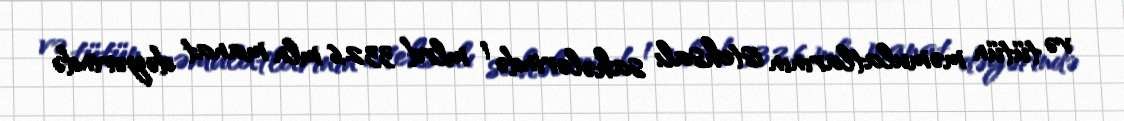
və tütün məmulatlarının istehsalı sahələrində 1 mlrd 332,6 mln manat dəyərində